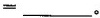
= ___$$。